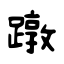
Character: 蹾